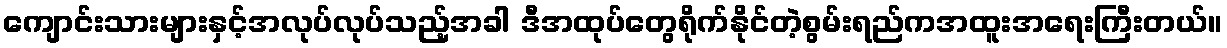
ကျောင်းသားများနှင့်အလုပ်လုပ်သည့်အခါ ဒီအထုပ်တွေရိုက်နိုင်တဲ့စွမ်းရည်ကအထူးအရေးကြီးတယ်။